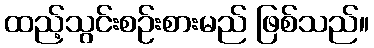
ထည့်သွင်းစဉ်းစားမည် ဖြစ်သည်။